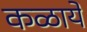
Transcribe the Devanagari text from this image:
कळायें